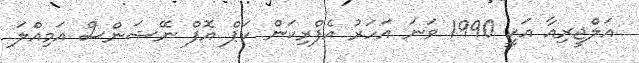
އަލްޖީރިއާ އަކީ 1990 ވަނަ އަހަރު އެފްރިކަން ކަޕް އޮފް ނޭޝަންސް އަމިއްލަ